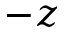
- z